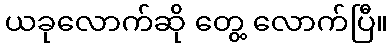
ယခုလောက်ဆို တွေ့ လောက်ပြီ။